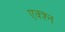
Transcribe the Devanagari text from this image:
एक्श्‍न